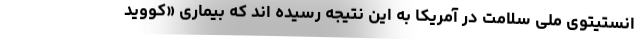
انستیتوی ملی سلامت در آمریکا به این نتیجه رسیده اند که بیماری «کووید